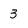
Character: 3